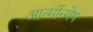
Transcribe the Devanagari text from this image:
आत्मोंन्मेष